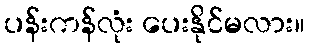
ပန်းကန်လုံး ပေးနိုင်မလား။